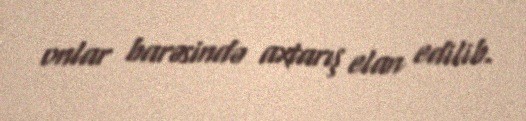
onlar barəsində axtarış elan edilib.